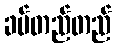
ခပ်တည်တည်